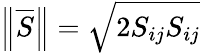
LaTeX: \left\Vert\overline{{S}}\right\Vert=\sqrt{2S_{ij}S_{ij}}